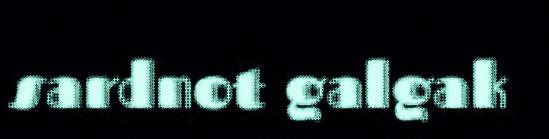
sardnot galgak